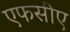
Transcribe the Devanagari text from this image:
एफसीए